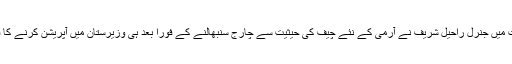
" ان حالات میں جنرل راحیل شریف نے آرمی کے نئے چیف کی حیثیت سے چارج سنبھالنے کے فوراً بعد ہی وزیرستان میں آپریشن کرنے کا فیصلہ کیا۔